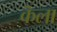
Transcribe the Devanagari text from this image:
कॆला